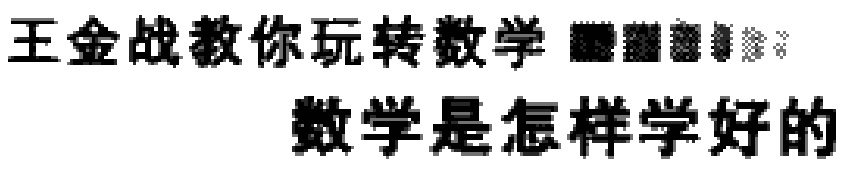
王金战教你玩转数学  数学是怎样学好的